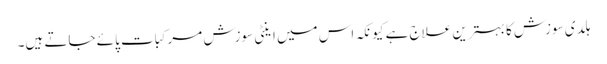
ہلدی سوزش کا بہترین علاج ہے کیونکہ اس میں اینٹی سوزش مرکبات پائے جاتے ہیں۔